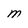
Character: M